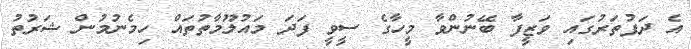
އެ ދަފުތަރުގައި ވަޒީފާ ބޭނުންވާ މީހާގެ ސީވީ ފަދަ މައުލޫމާތުތައް ހިމެނުމުން ޝަރުތު